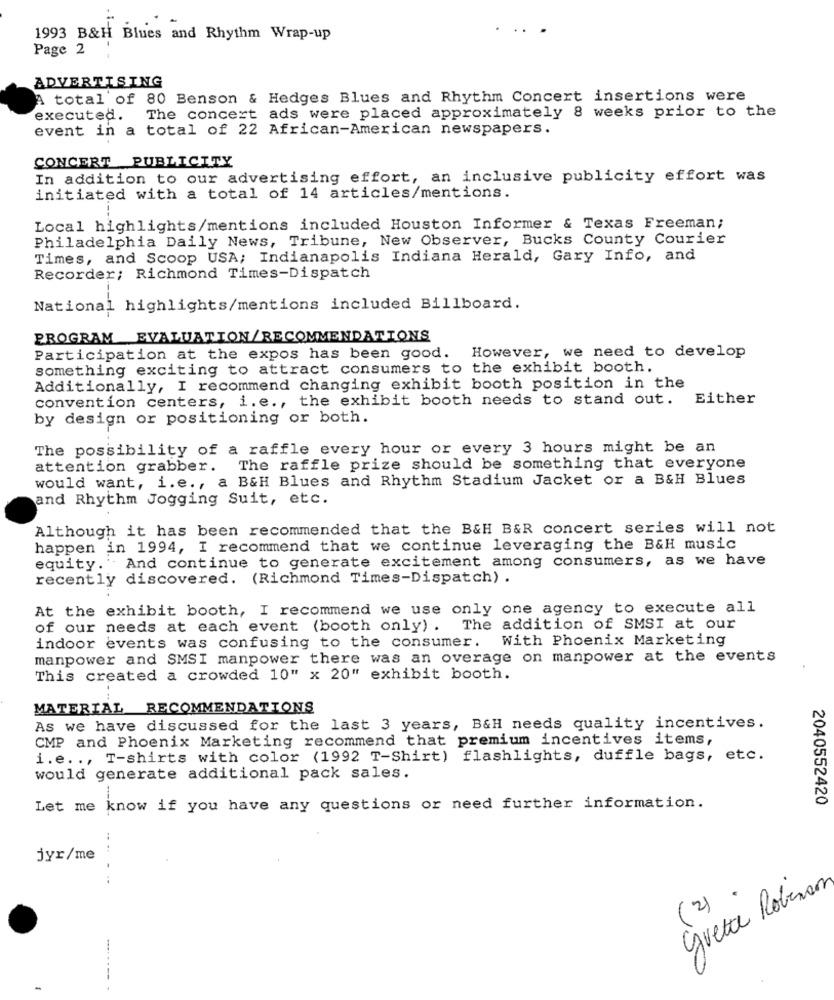
..
1993 B&H Blues and Rhythm Wrap-up
Page 2
ADVERTISING
A total of 80 Benson & Hedges Blues and Rhythm Concert insertions were
executed. The concert ads were placed approximately 8 weeks prior to the
event in a total of 22 African-American newspapers.
CONCERT PUBLICITY
In addition to our advertising effort, an inclusive publicity effort was
initiated with a total of 14 articles/mentions.
Local highlights/mentions included Houston Informer & Texas Freeman;
Philadelphia Daily News, Tribune, New Observer, Bucks County Courier
Times, and Scoop USA; Indianapolis Indiana Herald, Gary Info, and
Recorder; Richmond Times-Dispatch
National highlights/mentions included Billboard.
PROGRAM EVALUATION/RECOMMENDATIONS
Participation at the expos has been good. However, we need to develop
something exciting to attract consumers to the exhibit booth.
Additionally, I recommend changing exhibit booth position in the
convention centers, i.e ., the exhibit booth needs to stand out. Either
by design or positioning or both.
The possibility of a raffle every hour or every 3 hours might be an
attention grabber. The raffle prize should be something that everyone
would want, i.e ., a B&H Blues and Rhythm Stadium Jacket or a B&H Blues
and Rhythm Jogging Suit, etc.
Although it has been recommended that the B&H B&R concert series will not
happen in 1994, I recommend that we continue leveraging the B&H music
equity. And continue to generate excitement among consumers, as we have
recently discovered. (Richmond Times-Dispatch) .
At the exhibit booth, I recommend we use only one agency to execute all
of our needs at each event (booth only). The addition of SMSI at our
With Phoenix Marketing
indoor events was confusing to the consumer.
manpower and SMSI manpower there was an overage on manpower at the events
This created a crowded 10" x 20" exhibit booth.
MATERIAL RECOMMENDATIONS
As we have discussed for the last 3 years, B&H needs quality incentives.
CMP and Phoenix Marketing recommend that premium incentives items,
i.e. ., T-shirts with color (1992 T-Shirt) flashlights, duffle bags, etc.
would generate additional pack sales.
2040552420
Let me know if you have any questions or need further information.
jyr/me
grette Robinan
(2)
-